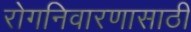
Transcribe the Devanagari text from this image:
रोगनिवारणासाठी